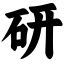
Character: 研